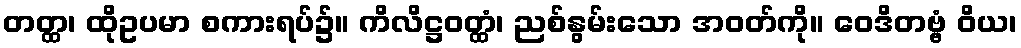
တတ္ထ၊ ထိုဥပမာ စကားရပ်၌။ ကိလိဋ္ဌဝတ္ထံ၊ ညစ်နွမ်းသော အဝတ်ကို။ ဝေဒိတဗ္ဗံ ဝိယ၊